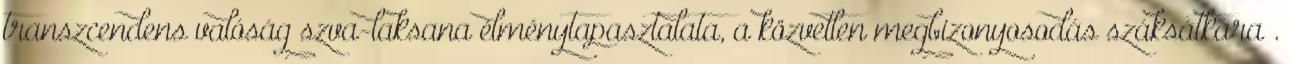
transzcendens valóság szva-laksana élménytapasztalata, a közvetlen megbizonyosodás száksátkára .